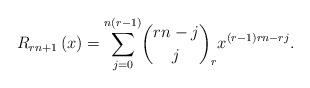
LaTeX: \begin{align*}R_{rn+1}\left( x\right) =\underset{j=0}{\overset{n(r-1)}{\sum }}\binom{rn-j}{j}_{r}x^{(r-1)rn-rj}. \end{align*}